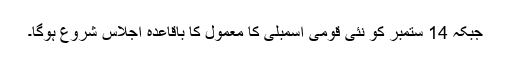
جبکہ 14 ستمبر کو نئی قومی اسمبلی کا معمول کا باقاعدہ اجلاس شروع ہوگا۔